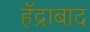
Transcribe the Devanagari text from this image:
हॅद्राबाद